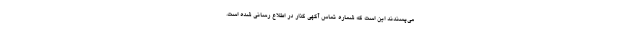
می‌پسندند این است که شماره تماس آگهی گذار در اطلاع رسانی شده است.